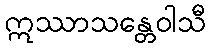
ဣဿာသန္တေဝါသီ